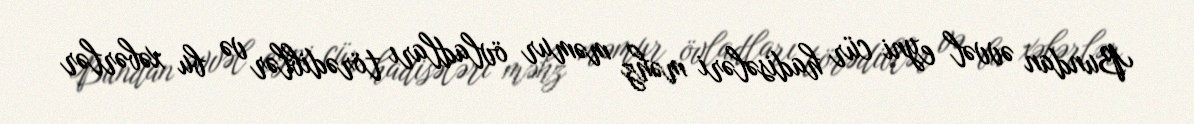
Bundan əvvəl eyni cür hadisələri məhz məmur övladları törədiblər və bu xəbərlər